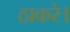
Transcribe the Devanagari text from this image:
ठाकरे।